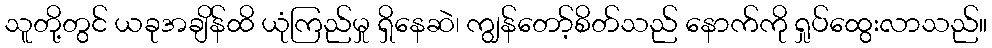
သူတို့တွင် ယခုအချိန်ထိ ယုံကြည်မှု ရှိနေဆဲ၊ ကျွန်တော့်စိတ်သည် နောက်ကို ရှုပ်ထွေးလာသည်။